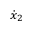
{ \dot { x } } _ { 2 }